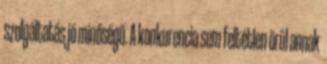
szolgáltatás jó minőségű. A konkurencia sem feltétlen örül annak